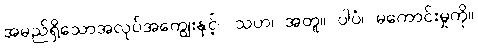
အမည်ရှိသောအလုပ်အကျွေးနှင့်။ သဟ၊ အတူ။ ပါပံ၊ မကောင်းမှုကို။